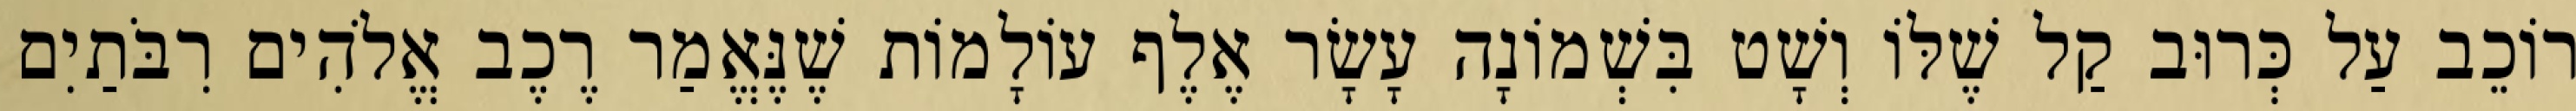
רוֹכֵב עַל כְּרוּב קַל שֶׁלּוֹ וְשָׁט בִּשְׁמוֹנָה עָשָׂר אֶלֶף עוֹלָמוֹת שֶׁנֶּאֱמַר רֶכֶב אֱלֹהִים רִבֹּתַיִם